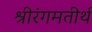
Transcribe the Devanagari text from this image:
श्रीरंगमतीर्थ